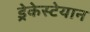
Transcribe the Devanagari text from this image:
ड्रेकेस्टेयान